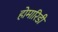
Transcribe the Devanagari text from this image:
होमारिडी